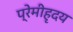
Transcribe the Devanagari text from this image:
प्रेमीहृदय